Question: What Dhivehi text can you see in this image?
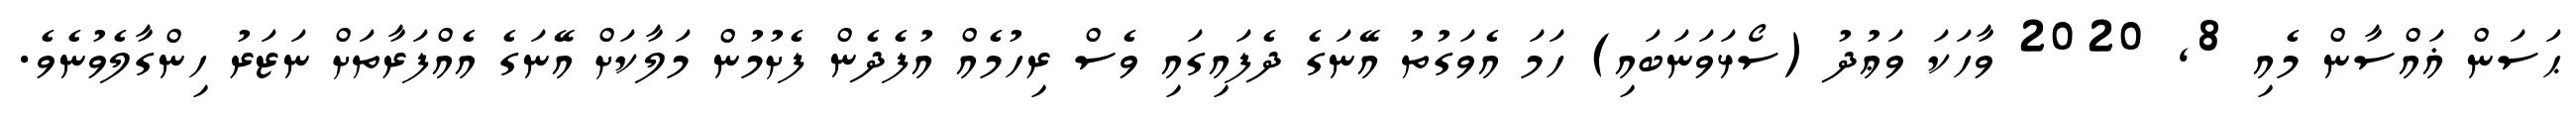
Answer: ޙަސަން ޣައްސާން މެއި 8, 2020 ވާހަކަ ވަޢުދު (ސޯޅަވަނަބައި) ހަމަ އެވަގުތު އޭނަގެ ދެފައިގައި ވެސް ރިހުމެއް އުފެދެން ފެށުމުން މަލާކަށް އޭނަގެ އެއްފަރާތަށް ނަޒަރު ހިންގާލެވުނެވެ.